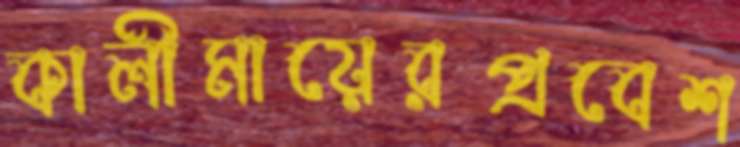
কালীমায়েরপ্রবেশ